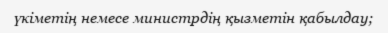
үкіметің немесе министрдің қызметін қабылдау;